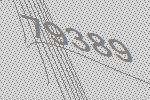
79389